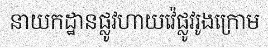
នាយកដ្ឋានផ្លូវហាយវ៉េផ្លូវរូងក្រោម